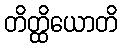
တိတ္ထိယောတိ